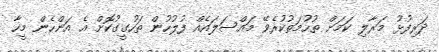
ދަރިފުޅު މަރާލި ކަމަށް ތުހުމަތުކުރެވޭ މައްސަލައެއް ފުލުހުން ތަހުގީގުކޮށް އެ އަންހެން މީހާ